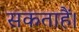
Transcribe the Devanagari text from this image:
सकताहैं।